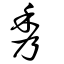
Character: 秀